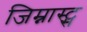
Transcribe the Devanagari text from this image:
जिम्नास्ट्स